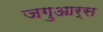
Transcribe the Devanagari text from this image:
जगुआर्स